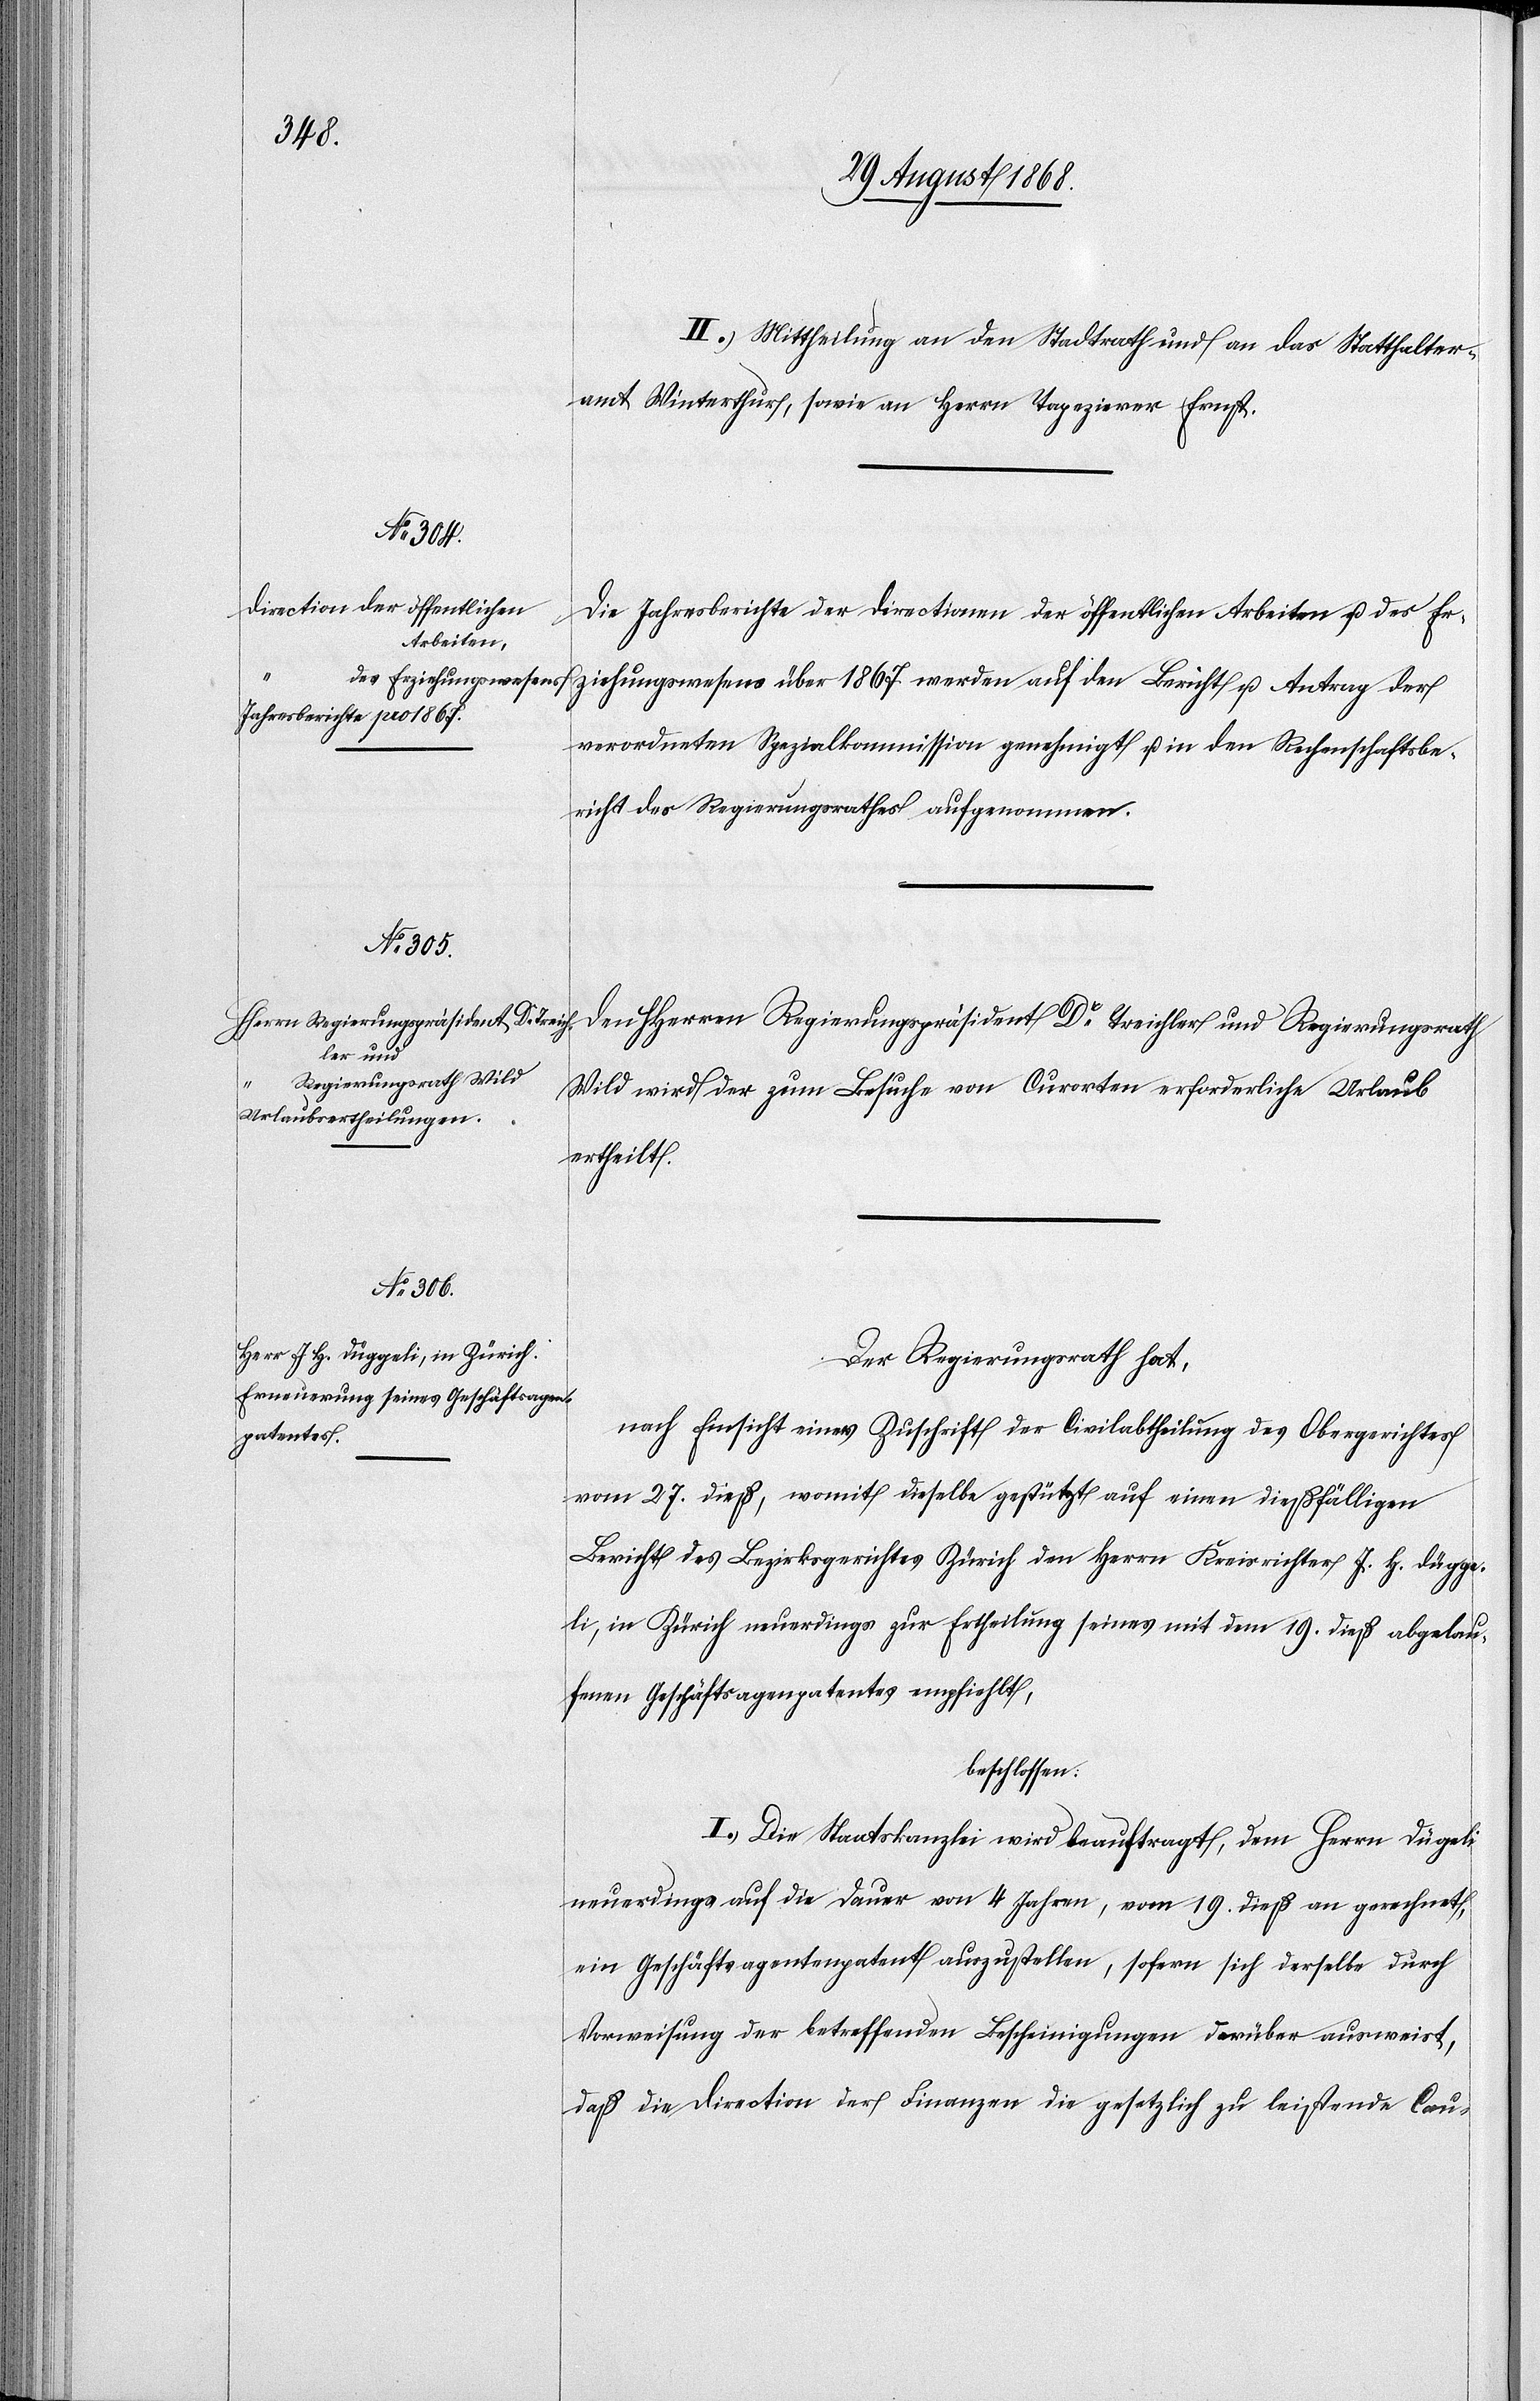
II. Mittheilung an den Stadtrath und an das Statthalter¬
amt Winterthur, sowie an Herrn Tapezierer Ernst.
Die Jahresberichte der Directionen der öffentlichen Arbeiten u. des Er¬
ziehungswesens über 1867 werden auf den Bericht u. Antrag der
verordneten Spezialkommission genehmigt u. in den Rechenschaftsbe¬
richt des Regierungsrathes aufgenommen.
Den HHerren Regierungspräsident Dr Treichler und Regierungsrath
Wild wird der zum Besuche von Curorten erforderliche Urlaub
ertheilt.
Der Regierungsrath hat,
nach Einsicht einer Zuschrift der Civilabtheilung des Obergerichtes
vom 27. dieß, womit dieselbe gestützt auf einen dießfälligen
Bericht des Bezirksgerichtes Zürich den Herrn Kreisrichter J. H. Dügge¬
li, in Zürich neuerdings zur Ertheilung seines mit dem 19. dieß abgelau¬
fenen Geschäftsagen[ten]patentes empfiehlt,
beschlossen:
I. Die Staatskanzlei wird beauftragt, dem Herrn Dügeli
neuerdings auf die Dauer von 4 Jahren, vom 19. dieß an gerechnet,
ein Geschäftsagentenpatent auszustellen, sofern sich derselbe durch
Vorweisung der betreffenden Bescheinigungen darüber ausweist,
daß die Direction der Finanzen die gesetzlich zu leistende Cau-